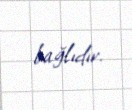
bağlıdır.